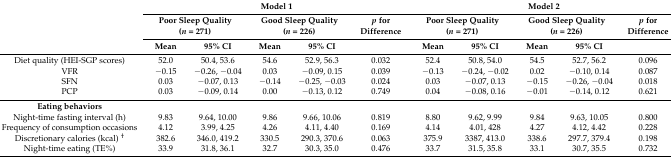
<table><thead><tr><td rowspan="3"></td><td colspan="5"><b>Model 1</b></td><td colspan="5"><b>Model 2</b></td></tr><tr><td colspan="2"><b>Poor Sleep Quality (<i>n</i> = 271)</b></td><td colspan="2"><b>Good Sleep Quality (<i>n</i> = 226)</b></td><td><b><i>p</i> for Difference</b></td><td colspan="2"><b>Poor Sleep Quality (<i>n</i> = 271)</b></td><td colspan="2"><b>Good Sleep Quality (<i>n</i> = 226)</b></td><td><b><i>p</i> for Difference</b></td></tr><tr><td><b>Mean</b></td><td><b>95% CI</b></td><td><b>Mean</b></td><td><b>95% CI</b></td><td></td><td><b>Mean</b></td><td><b>95% CI</b></td><td><b>Mean</b></td><td><b>95% CI</b></td><td></td></tr></thead><tbody><tr><td>Diet quality (HEI-SGP scores)</td><td>52.0</td><td>50.4, 53.6</td><td>54.6</td><td>52.9, 56.3</td><td>0.032</td><td>52.4</td><td>50.8, 54.0</td><td>54.5</td><td>52.7, 56.2</td><td>0.096</td></tr><tr><td>VFR</td><td>−0.15</td><td>−0.26, −0.04</td><td>0.03</td><td>−0.09, 0.15</td><td>0.039</td><td>−0.13</td><td>−0.24, −0.02</td><td>0.02</td><td>−0.10, 0.14</td><td>0.087</td></tr><tr><td>SFN</td><td>0.03</td><td>−0.07, 0.13</td><td>−0.14</td><td>−0.25, −0.03</td><td>0.024</td><td>0.03</td><td>−0.07, 0.13</td><td>−0.15</td><td>−0.26, −0.04</td><td>0.018</td></tr><tr><td>PCP</td><td>0.03</td><td>−0.09, 0.14</td><td>0.00</td><td>−0.13, 0.12</td><td>0.749</td><td>0.04</td><td>−0.08, 0.16</td><td>−0.01</td><td>−0.14, 0.12</td><td>0.621</td></tr><tr><td><b>Eating behaviors</b></td><td></td><td></td><td></td><td></td><td></td><td></td><td></td><td></td><td></td><td></td></tr><tr><td>Night-time fasting interval (h)</td><td>9.83</td><td>9.64, 10.00</td><td>9.86</td><td>9.66, 10.06</td><td>0.819</td><td>8.80</td><td>9.62, 9.99</td><td>9.84</td><td>9.63, 10.05</td><td>0.800</td></tr><tr><td>Frequency of consumption occasions</td><td>4.12</td><td>3.99, 4.25</td><td>4.26</td><td>4.11, 4.40</td><td>0.169</td><td>4.14</td><td>4.01, 428</td><td>4.27</td><td>4.12, 4.42</td><td>0.228</td></tr><tr><td>Discretionary calories (kcal) <sup>†</sup></td><td>382.6</td><td>346.0, 419.2</td><td>330.5</td><td>290.3, 370.6</td><td>0.063</td><td>375.9</td><td>3387, 413.0</td><td>338.6</td><td>297.7, 379.4</td><td>0.198</td></tr><tr><td>Night-time eating (TE%)</td><td>33.9</td><td>31.8, 36.1</td><td>32.7</td><td>30.3, 35.0</td><td>0.476</td><td>33.7</td><td>31.5, 35.8</td><td>33.1</td><td>30.7, 35.5</td><td>0.732</td></tr></tbody></table>